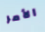
الأمر